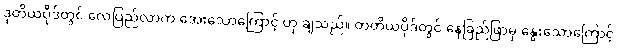
ဒုတိယပိုဒ်တွင် လေပြည်လာက အေးသောကြောင့် ဟု ချသည်။ တတိယပိုဒ်တွင် နေခြည်ဖြာမှ နွေးသောကြောင့်